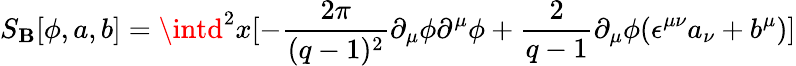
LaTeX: S_{\mathbf{B}}[\phi,a,b]=\intd^{2}x[-\frac{{2\pi}}{{(q-1)^{2}}}\partial_{\mu}\phi\partial^{\mu}\phi+\frac{{2}}{{q-1}}\partial_{\mu}\phi(\epsilon^{\mu\nu}a_{\nu}+b^{\mu})]